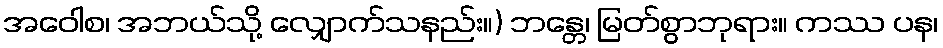
အဝေါစ၊ အဘယ်သို့ လျှောက်သနည်း။) ဘန္တေ၊ မြတ်စွာဘုရား။ ကဿ ပန၊